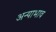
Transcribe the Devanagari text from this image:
अन्याभाव